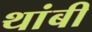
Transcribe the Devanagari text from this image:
थांबी